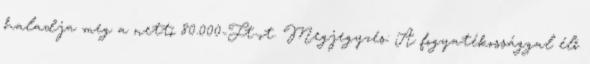
haladja meg a nettó 80.000-Ft-ot. Megjegyzés: A fogyatékossággal élő